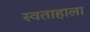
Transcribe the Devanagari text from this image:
स्वताहाला